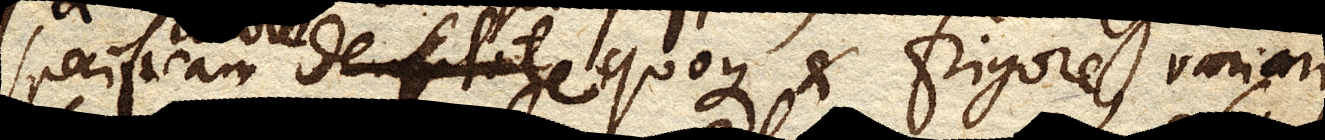
specificam densitate quoque et frigore, variari,